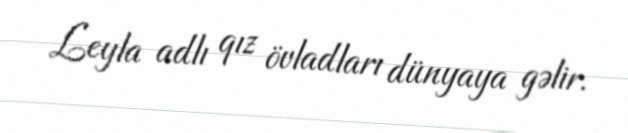
Leyla adlı qız övladları dünyaya gəlir.